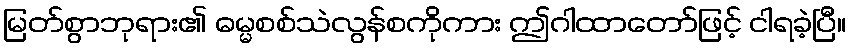
မြတ်စွာဘုရား၏ ဓမ္မစစ်သဲလွန်စကိုကား ဤဂါထာတော်ဖြင့် ငါရခဲ့ပြီ။